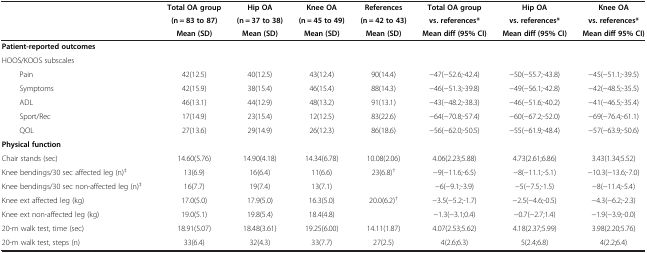
<table><thead><tr><td colspan="2"><b> </b></td><td><b>Total OA group</b></td><td><b>Hip OA</b></td><td><b>Knee OA</b></td><td><b>References</b></td><td><b>Total OA group</b></td><td><b>Hip OA</b></td><td><b>Knee OA</b></td></tr><tr><td colspan="2"><b> </b></td><td><b>(n = 83 to 87)</b></td><td><b>(n = 37 to 38)</b></td><td><b>(n = 45 to 49)</b></td><td><b>(n = 42 to 43)</b></td><td><b>vs. references*</b></td><td><b>vs. references*</b></td><td><b>vs. references*</b></td></tr><tr><td colspan="2"><b> </b></td><td><b>Mean (SD)</b></td><td><b>Mean (SD)</b></td><td><b>Mean (SD)</b></td><td><b>Mean (SD)</b></td><td><b>Mean diff (95% CI)</b></td><td><b>Mean diff (95% CI)</b></td><td><b>Mean diff 95% CI)</b></td></tr></thead><tbody><tr><td colspan="2"><b>Patient-reported outcomes</b></td><td> </td><td> </td><td> </td><td> </td><td> </td><td> </td><td> </td></tr><tr><td colspan="2">HOOS/KOOS subscales</td><td> </td><td> </td><td> </td><td> </td><td> </td><td> </td><td> </td></tr><tr><td> </td><td>Pain</td><td>42(12.5)</td><td>40(12.5)</td><td>43(12.4)</td><td>90(14.4)</td><td>−47(−52.6;-42.4)</td><td>−50(−55.7;-43.8)</td><td>−45(−51.1;-39.5)</td></tr><tr><td> </td><td>Symptoms</td><td>42(15.9)</td><td>38(15.4)</td><td>46(15.4)</td><td>88(14.3)</td><td>−46(−51.3;-39.8)</td><td>−49(−56.1;-42.8)</td><td>−42(−48.5;-35.5)</td></tr><tr><td> </td><td>ADL</td><td>46(13.1)</td><td>44(12.9)</td><td>48(13.2)</td><td>91(13.1)</td><td>−43(−48.2;-38.3)</td><td>−46(−51.6;-40.2)</td><td>−41(−46.5;-35.4)</td></tr><tr><td> </td><td>Sport/Rec</td><td>17(14.9)</td><td>23(15.4)</td><td>12(12.5)</td><td>83(22.6)</td><td>−64(−70.8;-57.4)</td><td>−60(−67.2;-52.0)</td><td>−69(−76.4;-61.1)</td></tr><tr><td> </td><td>QOL</td><td>27(13.6)</td><td>29(14.9)</td><td>26(12.3)</td><td>86(18.6)</td><td>−56(−62.0;-50.5)</td><td>−55(−61.9;-48.4)</td><td>−57(−63.9;-50.6)</td></tr><tr><td colspan="2"><b>Physical function</b></td><td> </td><td> </td><td> </td><td> </td><td> </td><td> </td><td> </td></tr><tr><td colspan="2">Chair stands (sec)</td><td>14.60(5.76)</td><td>14.90(4.18)</td><td>14.34(6.78)</td><td>10.08(2.06)</td><td>4.06(2.23;5.88)</td><td>4.73(2.61;6.86)</td><td>3.43(1.34;5.52)</td></tr><tr><td colspan="2">Knee bendings/30 sec affected leg (n)<sup>‡</sup></td><td>13(6.9)</td><td>16(6.4)</td><td>11(6.6)</td><td rowspan="2">23(6.8)<sup>†</sup></td><td>−9(−11.6;-6.5)</td><td>−8(−11.1;-5.1)</td><td>−10.3(−13.6;-7.0)</td></tr><tr><td colspan="2">Knee bendings/30 sec non-affected leg (n)<sup>‡</sup></td><td>16(7.7)</td><td>19(7.4)</td><td>13(7.1)</td><td>−6(−9.1;-3.9)</td><td>−5(−7.5;-1.5)</td><td>−8(−11.4;-5.4)</td></tr><tr><td colspan="2">Knee ext affected leg (kg)</td><td>17.0(5.0)</td><td>17.9(5.0)</td><td>16.3(5.0)</td><td rowspan="2">20.0(6.2)<sup>†</sup></td><td>−3.5(−5.2;-1.7)</td><td>−2.5(−4.6;-0.5)</td><td>−4.3(−6.2;-2.3)</td></tr><tr><td colspan="2">Knee ext non-affected leg (kg)</td><td>19.0(5.1)</td><td>19.8(5.4)</td><td>18.4(4.8)</td><td>−1.3(−3.1;0.4)</td><td>−0.7(−2.7;1.4)</td><td>−1.9(−3.9;-0.0)</td></tr><tr><td colspan="2">20-m walk test, time (sec)</td><td>18.91(5.07)</td><td>18.48(3.61)</td><td>19.25(6.00)</td><td>14.11(1.87)</td><td>4.07(2.53;5.62)</td><td>4.18(2.37;5.99)</td><td>3.98(2.20;5.76)</td></tr><tr><td colspan="2">20-m walk test, steps (n)</td><td>33(6.4)</td><td>32(4.3)</td><td>33(7.7)</td><td>27(2.5)</td><td>4(2.6;6.3)</td><td>5(2.4;6.8)</td><td>4(2.2;6.4)</td></tr></tbody></table>